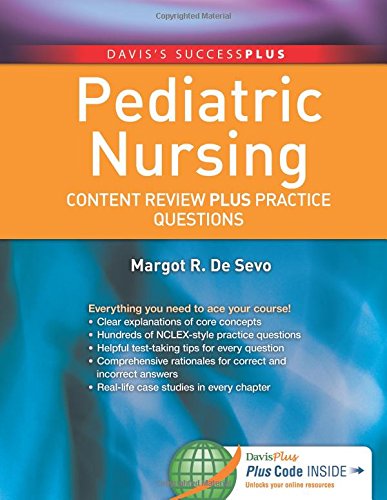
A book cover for Pediatric Nursing: Content Review PLUS Practice Questions (Davis's Success Plus); Margot R. De Sevo PhD  LCCE  IBCLC  RNC; Medical Books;